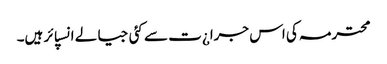
محترمہ کی اس جرا¿ت سے کئی جیالے انسپائر ہیں۔